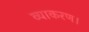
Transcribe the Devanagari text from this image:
व्याकरण।